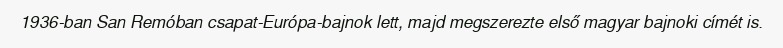
1936-ban San Remóban csapat-Európa-bajnok lett, majd megszerezte első magyar bajnoki címét is.